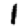
Digit: 1